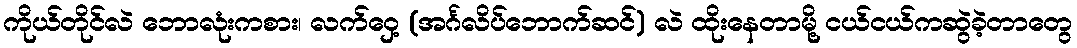
ကိုယ်တိုင်လဲ ဘောလုံးကစား၊ လက်ဝှေ့ (အင်္ဂလိပ်ဘောက်ဆင်) လဲ ထိုးနေတာမို့ ငယ်ငယ်ကဆွဲခဲ့တာတွေ